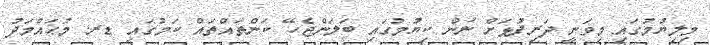
މިލިޔުމުގައި މިވަނީ ދަރިފުޅަށް ނަން ކިޔުމުގައި ބަލަންޖެހޭ ކަންތައްތައް ކަމުގައި ޑރ. މުޙައްމަދު